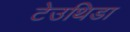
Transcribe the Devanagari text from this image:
टेउथिडा